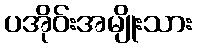
ပအိုဝ်းအမျိုးသား